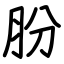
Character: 肦